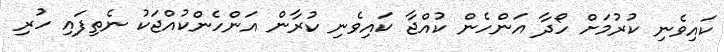
ކައިވެނި ކުރުމަށް ހޯދާ އަންހެން ކުއްޖާ ކައިވެނި ކުރާން އަންހެންކުއްޖަކު ނެތިފައި ހުރި